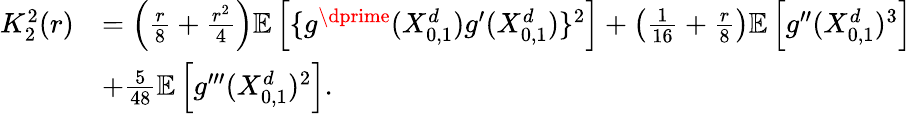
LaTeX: \begin{array}{rl}{K_{2}^{2}(r)}&{=\left(\frac{r}{8}+\frac{r^{2}}{4}\right)\mathbb{E}\left[\{ g^{\dprime}(X_{0,1}^{d})g^{\prime}(X_{0,1}^{d})\} ^{2}\right]+\left(\frac{1}{16}+\frac{r}{8}\right)\mathbb{E}\left[g^{\prime\prime}(X_{0,1}^{d})^{3}\right]}\\ &{+\frac{5}{48}\mathbb{E}\left[g^{\prime\prime\prime}(X_{0,1}^{d})^{2}\right].}\end{array}